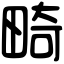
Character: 畸